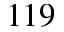
1 1 9